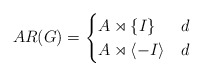
\begin{align*}AR(G)=\begin{cases}A\rtimes\{I\} &d \\A\rtimes\langle-I\rangle &d\end{cases}\end{align*}